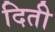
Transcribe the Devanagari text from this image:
दिती